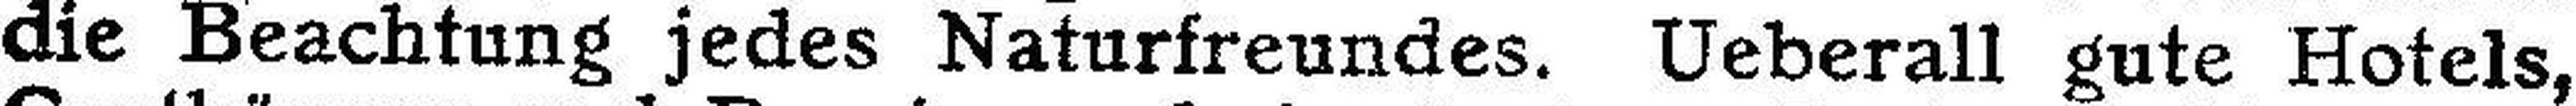
die Beachtung jedes Naturfreundes. Ueberall gute Hotels,